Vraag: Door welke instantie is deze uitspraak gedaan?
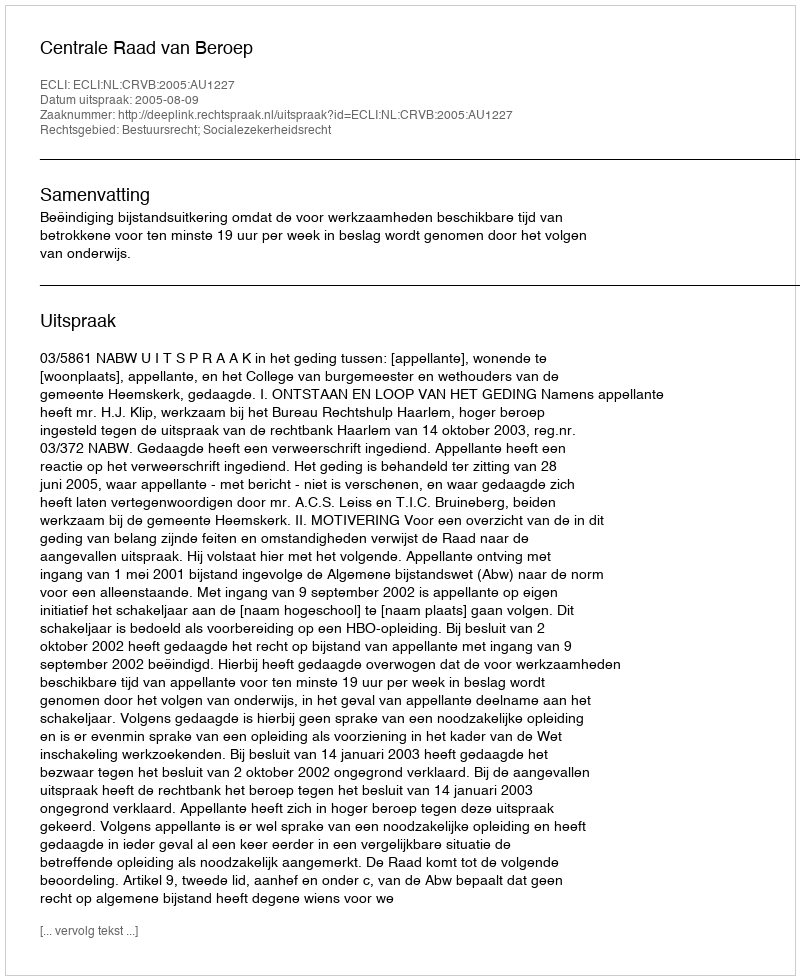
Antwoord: Centrale Raad van Beroep